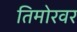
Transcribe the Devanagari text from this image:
तिमोरवर